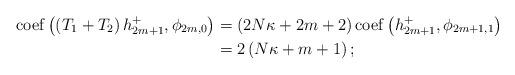
LaTeX: \begin{align*}\mathrm{coef}\left( \left( T_{1}+T_{2}\right) h_{2m+1}^{+},\phi_{2m,0}\right) & =\left( 2N\kappa+2m+2\right) \mathrm{coef}\left(h_{2m+1}^{+},\phi_{2m+1,1}\right) \\& =2\left( N\kappa+m+1\right) ;\end{align*}